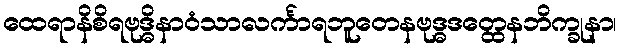
ထေရာနိစိရဗုဒ္ဓိနာဝံသာလင်္ကာရဘူတေနဗုဒ္ဓဒတ္ထေနဘိက္ခုနာ၊